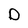
Character: D